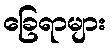
ခြေရာများ